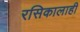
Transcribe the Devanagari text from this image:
रसिकालाही